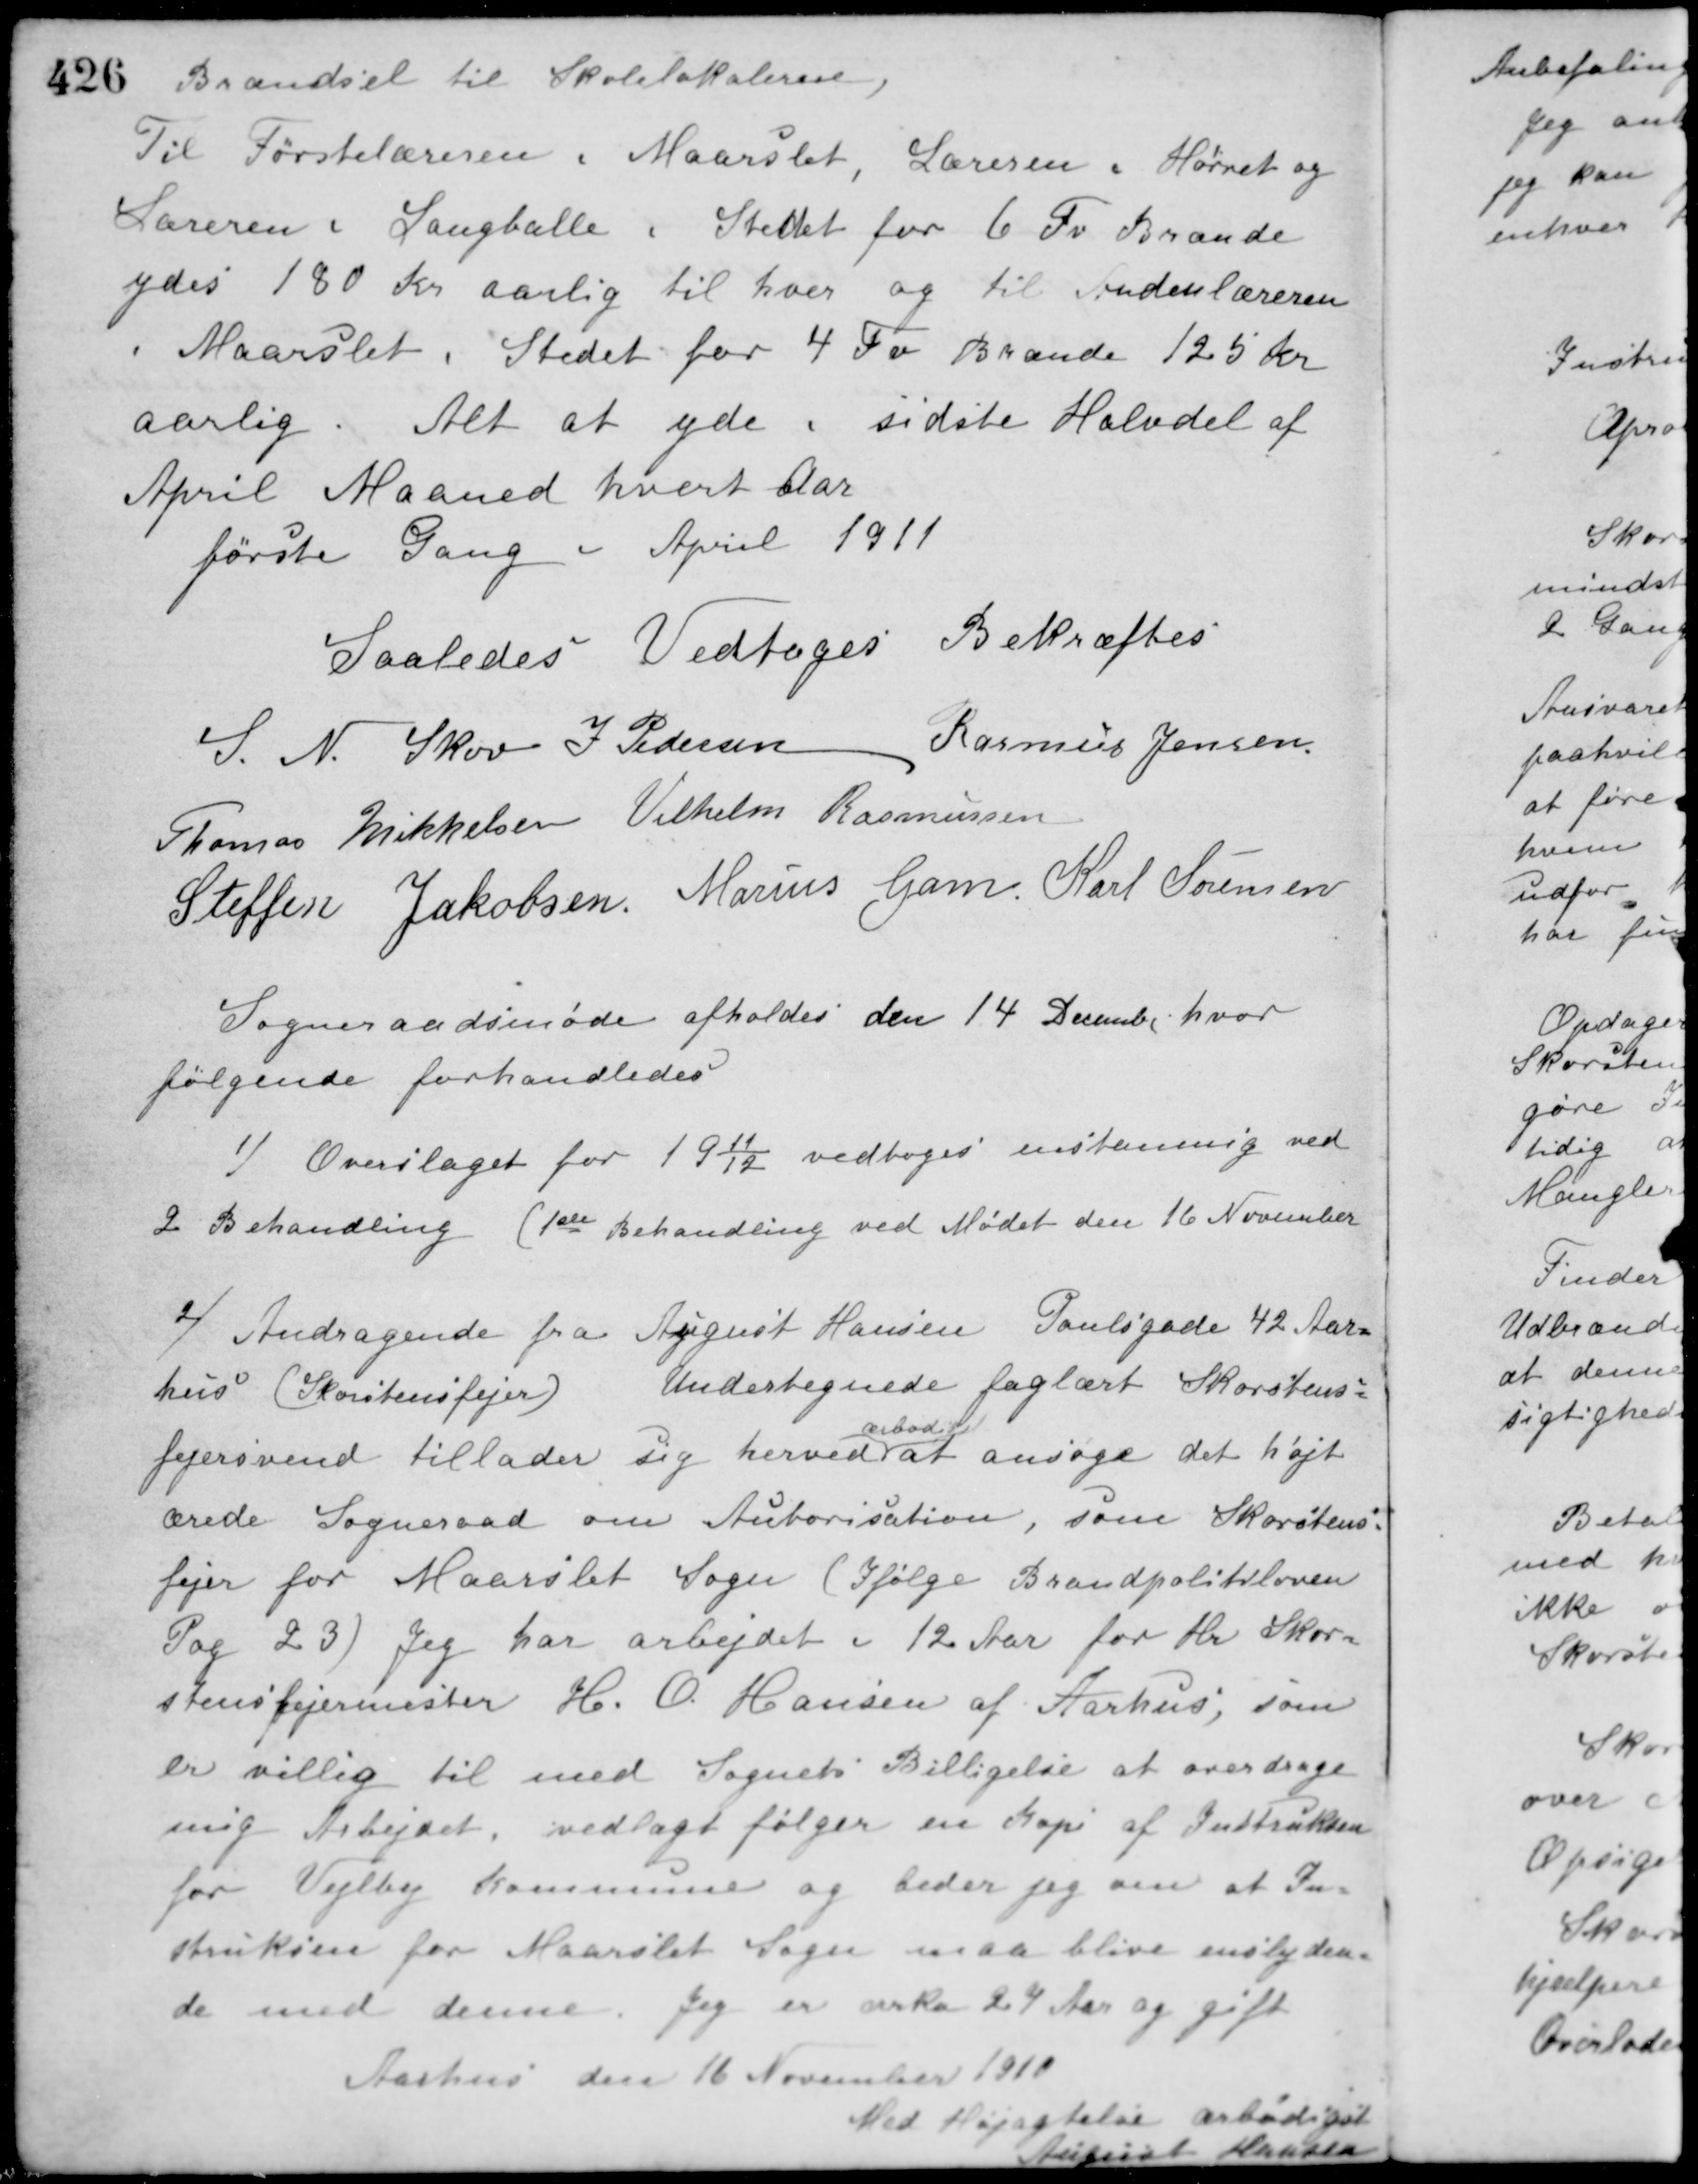
Transskription:
Brændsel til Skolelokalerne.
Til Førstelæreren i Maarslet, Læreren i Hørret og
Læreren i Langballe i Stedet for 6 Fv. Brænde
ydes 180 Kr. Aarlig til hver og til Andenlæreren
i Maarslet i Stedet for 4 Fv. Brænde 125 Kr.
aarlig. Alt at yde i sidste Halvdel af
April Maaned hvert Aar
første Gang i April 1911.
Saaledes Vedtaget Bekræftes
S. N. Skov J. Pedersen Rasmus Jensen
Thomas Mikkelsen Vilhelm Rasmussen
Steffen Jakobsen Marius Gam Karl Sørensen
Sogneraadsmøde afholdes den 14 December hvor
følgende forhandledes
1/ Overslaget for 1911/12 vedtoges enstemmig ved
2 Behandling (1ste Behandling ved Mødet den 16 November
2/ Andragende fra August Hansen Poulsgade 42 Aar-
hus (Skorstensfejer)
Undertegnede faglært Skorstens-
fejersvend tillader sig herved
ærbødigst
at ansøge det højt-
ærede Sogneraad om Autorisation, som Skorstens-
fejer for Maarslet Sogn (Ifølge Brandpolitiloven
Pag 23) Jeg har arbejdet i 12 Aar for Hr. Skor-
stensfejermester H. O. Hansen af Aarhus, som
er villig til med Sognets Billigelse at overdrage
mig Arbejdet, vedlagt følger en Kopi af Instruksen
for Vejlby Kommune og beder jeg om at In-
struksen for Maarslet Sogn maa blive enslyden-
de med denne. Jeg er cirka 24 Aar og gift.
Aarhus den 16 November 1910
Med Højagtelse ærbødigst
August Hansen